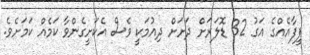
ފީފާއެއްގެ އަގު 32 ޑޮލަރަށް ދަށަށް ދިއުމަކީ ވެސް އެކަށީގެންވާ ކަމެއް ކަމަށެވެ.